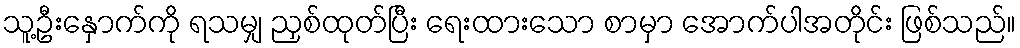
သူ့ဦးနှောက်ကို ရသမျှ ညှစ်ထုတ်ပြီး ရေးထားသော စာမှာ အောက်ပါအတိုင်း ဖြစ်သည်။